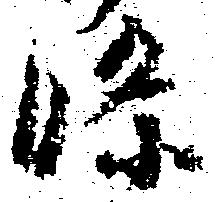
条